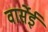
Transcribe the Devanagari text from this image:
वार्सेई